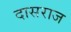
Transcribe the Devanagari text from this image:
दासराज